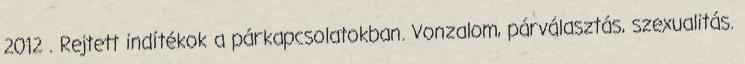
2012 . Rejtett indítékok a párkapcsolatokban. Vonzalom, párválasztás, szexualitás.